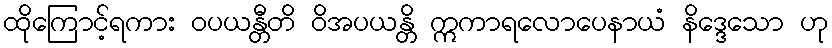
ထိုကြောင့်ရကား ဝပယန္တီတိ ဝိအပယန္တိ ဣကာရလောပေနာယံ နိဒ္ဒေသော ဟု